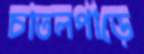
চাতলপাড়ে